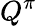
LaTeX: Q^{\pi}